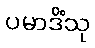
ပမာဒိံသု